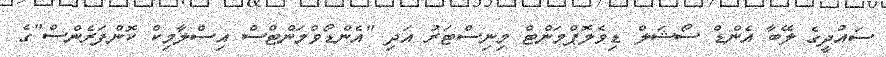
ސައުދީގެ ލޭބާ އެންޑް ސޯޝަލް ޑިވެލޮޕްމަންޓް މިނިސްޓަރު އަދި "އެންޑޯވްމަންޓްސް އިސްލާމިކް ކޮންފަރެންސް"ގެ